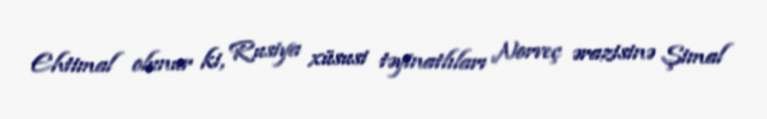
Ehtimal olunur ki, Rusiya xüsusi təyinatlıları Norveç ərazisinə Şimal